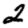
Digit: 2